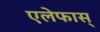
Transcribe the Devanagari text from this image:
एलेफास्